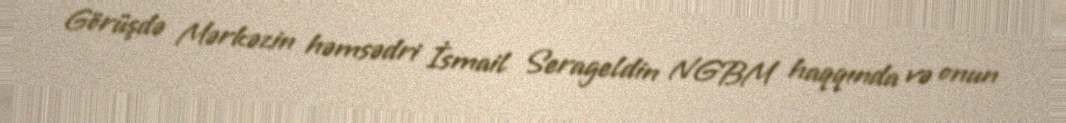
Görüşdə Mərkəzin həmsədri İsmail Serageldin NGBM haqqında və onun